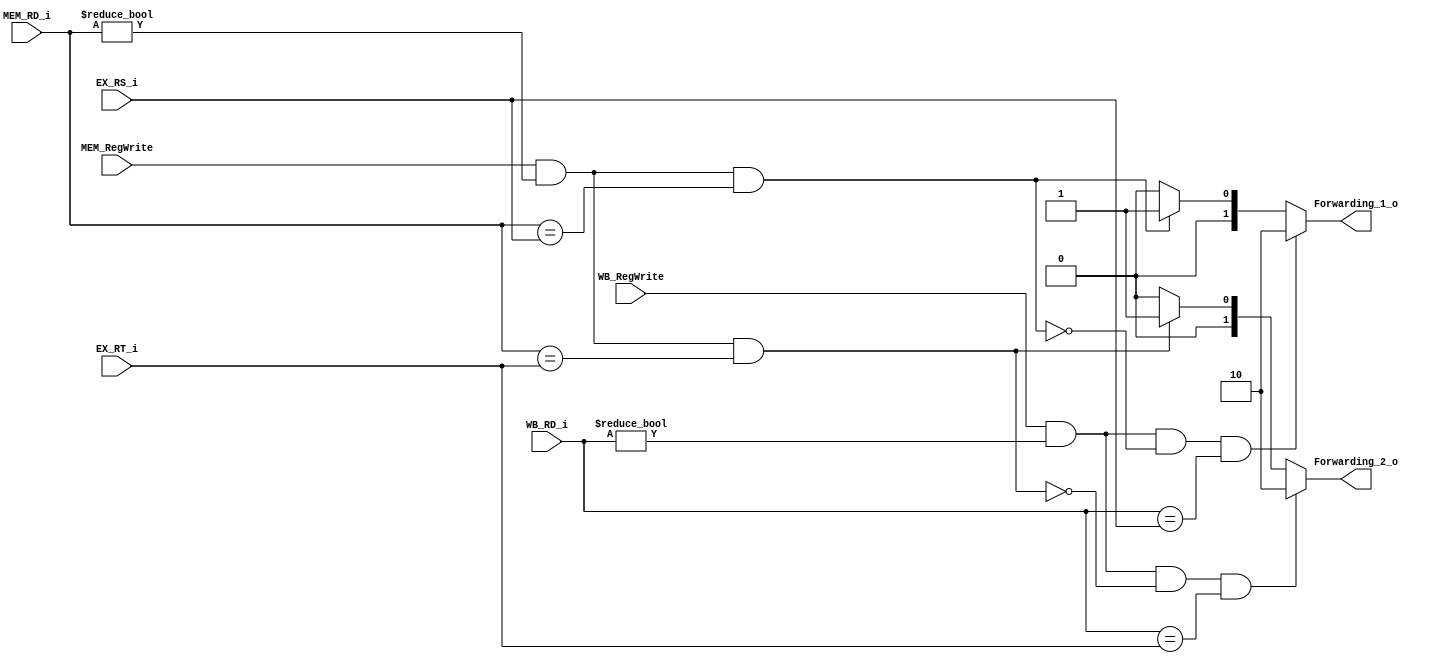
//0516094 0516077
module Forwarding(
    EX_RS_i,
    EX_RT_i,
    MEM_RD_i,
    MEM_RegWrite,
    WB_RD_i,
    WB_RegWrite,
    Forwarding_1_o,
    Forwarding_2_o
    );

//I/O ports
input	[5-1:0] EX_RS_i;
input	[5-1:0] EX_RT_i;
input	[5-1:0] MEM_RD_i;
input	[5-1:0] WB_RD_i;
input 	MEM_RegWrite;
input 	WB_RegWrite;
output	[2-1:0] Forwarding_1_o;
output	[2-1:0] Forwarding_2_o;

reg 	[2-1:0] Forwarding_1_o;
reg 	[2-1:0] Forwarding_2_o;

//Forwarding Conditions
always @ (*) begin
	if(WB_RegWrite & WB_RD_i!=0 & !(MEM_RegWrite & MEM_RD_i!=0 & MEM_RD_i==EX_RS_i) & WB_RD_i==EX_RS_i) 
		Forwarding_1_o = 2'b10;
	else if(MEM_RegWrite & MEM_RD_i!=0 & MEM_RD_i==EX_RS_i) 
		Forwarding_1_o = 2'b01;
	else 
		Forwarding_1_o = 2'b00;
	
	if(WB_RegWrite & WB_RD_i!=0 & !(MEM_RegWrite & MEM_RD_i!=0 & MEM_RD_i==EX_RT_i) & WB_RD_i==EX_RT_i) 
		Forwarding_2_o = 2'b10;
	else if(MEM_RegWrite & MEM_RD_i!=0 & MEM_RD_i==EX_RT_i) 
		Forwarding_2_o = 2'b01;
	else 
		Forwarding_2_o = 2'b00;
end
endmodule